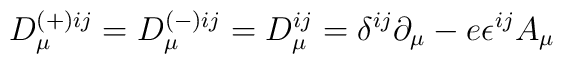
D_{\mu}^{(+) ij} = D_{\mu}^{(-) ij} = D_{\mu}^{ij} = \delta^{ij} \partial_{\mu} - e \epsilon^{ij} A_{\mu}